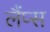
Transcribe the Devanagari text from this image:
लैंप्स